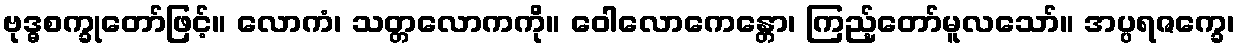
ဗုဒ္ဓစက္ခုတော်ဖြင့်။ လောကံ၊ သတ္တလောကကို။ ဝေါလောကေန္တော၊ ကြည့်တော်မူလသော်။ အပ္ပရဇက္ခေ၊